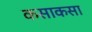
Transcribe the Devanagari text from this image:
कसाकसा